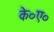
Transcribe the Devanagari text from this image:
के०ए०